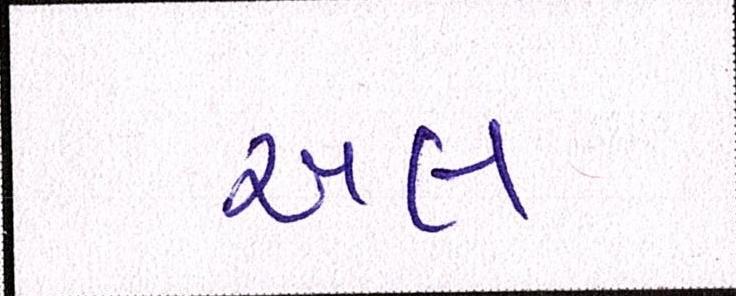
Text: અલ